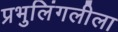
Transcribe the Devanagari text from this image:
प्रभुलिंगलीला